Annual vaccination report of Bihar and Orissa - 1911-1928
Year: 1911
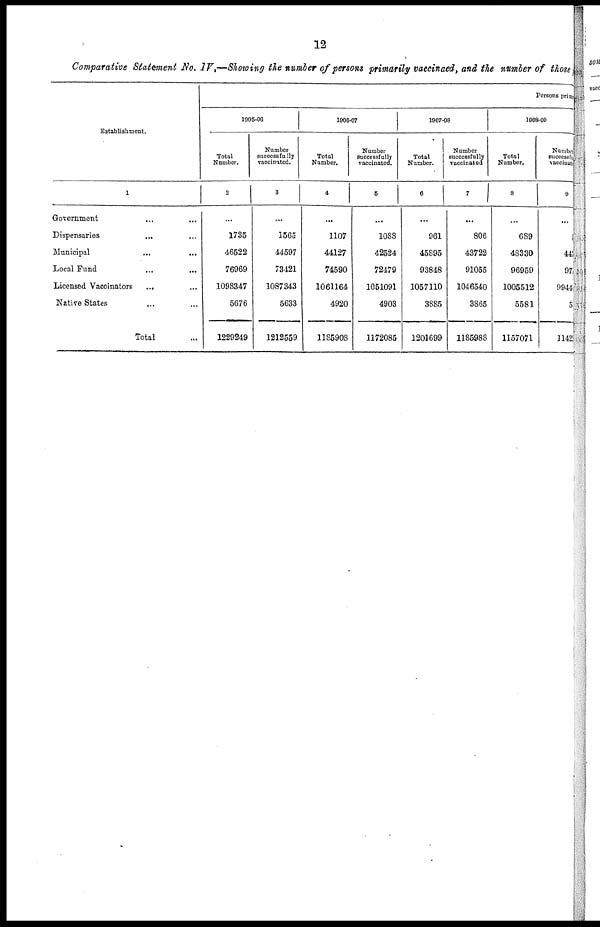
12
Comparative Statement No. IV.—Showing the number of persons primarily vaccinaed, and the number of those
Establishment.
1
Government ... ...
Dispensaries ... ...
Municipal ... ...
Local Fund ... ...
Licensed Vaccinators
... ...
Native States ... ...
Total ...
Persons primary
1905-60
Total
Number.
2
...
1735
46522
76969
1098347
5676
1229249
Number
successfully
vaccinated.
3
...
1565
44597
73421
1087343
5633
1212559
1908-07
Total
Number.
4
...
1107
44127
74590
1061164
4920
1185908
Number
successfully
vaccinated.
5
...
1088
42524
72479
1051091
4903
1172085
1907-08
Total
Number.
6
...
961
45895
93848
1057110
3885
1201699
Number
successfully
vaccinated
7
...
806
43722
91055
1046540
3865
1185988
1908-09
Total
Number.
8
...
689
48330
96959
1005512
5581
1157071
Number
successfully
vaccinated
9
...
3
447
971
99441
50
11423